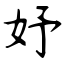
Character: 妤